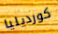
كورديليا